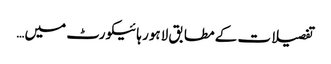
تفصیلات کے مطابق لاہور ہائیکورٹ میں…